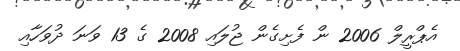
އެޕްރީލް 2006 ން ފެށިގެން ޖުލައި 2008 ގެ 13 ވަނަ ދުވަހާއި